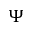
\Psi